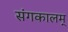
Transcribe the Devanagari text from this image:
संगकालम्